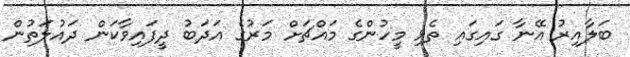
ބަލާއިރު އޭނާ ގައިގައި ތެޅި މީހުންގެ މައްޗަށް މަރުގެ އަދަބު ދީފައިވާކަން ދައުލަތުން